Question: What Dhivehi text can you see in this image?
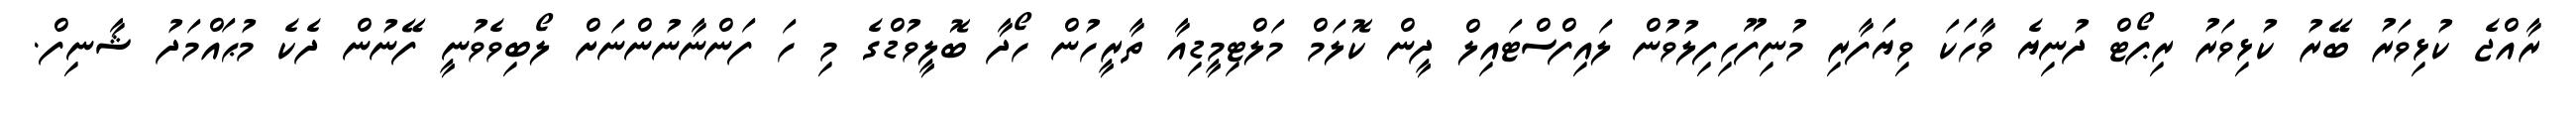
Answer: ރާއްޖެ ކުޅިވަރު ބޭރު ކުޅިވަރު ރިޕޯޓް ދުނިޔެ ވާހަކަ ވިޔަފާރި މުނިފޫހިފިލުވުން ލައިފްސްޓައިލް ދީން ކޮލަމް މަލްޓިމީޑިއާ ތާރީހުން ހޯދާ ބޮލީވުޑްގެ މި ހަ ފަންނާނުންނަށް ލޯބިވެވުނީ ފޭނުން ދެކެ މުޙައްމަދު ޝާނިފް.